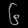
Digit: ၆